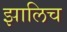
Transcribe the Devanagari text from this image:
झालिच